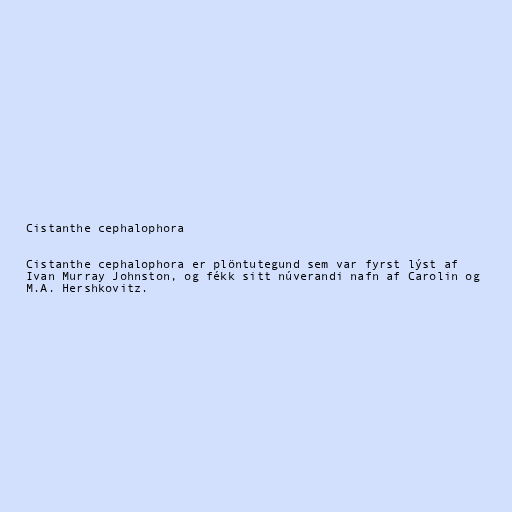
Cistanthe cephalophora

Cistanthe cephalophora er plöntutegund sem var fyrst lýst af
Ivan Murray Johnston, og fékk sitt núverandi nafn af Carolin og
M.A. Hershkovitz.